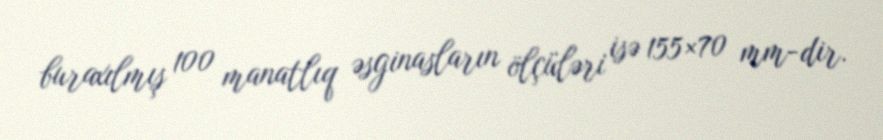
buraxılmış 100 manatlıq əsginasların ölçüləri isə 155×70 mm-dir.